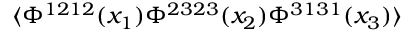
\langle \Phi ^ { 1 2 1 2 } ( x _ { 1 } ) \Phi ^ { 2 3 2 3 } ( x _ { 2 } ) \Phi ^ { 3 1 3 1 } ( x _ { 3 } ) \rangle